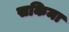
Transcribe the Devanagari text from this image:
सकिमा